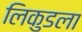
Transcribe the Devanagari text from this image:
लिकुडला